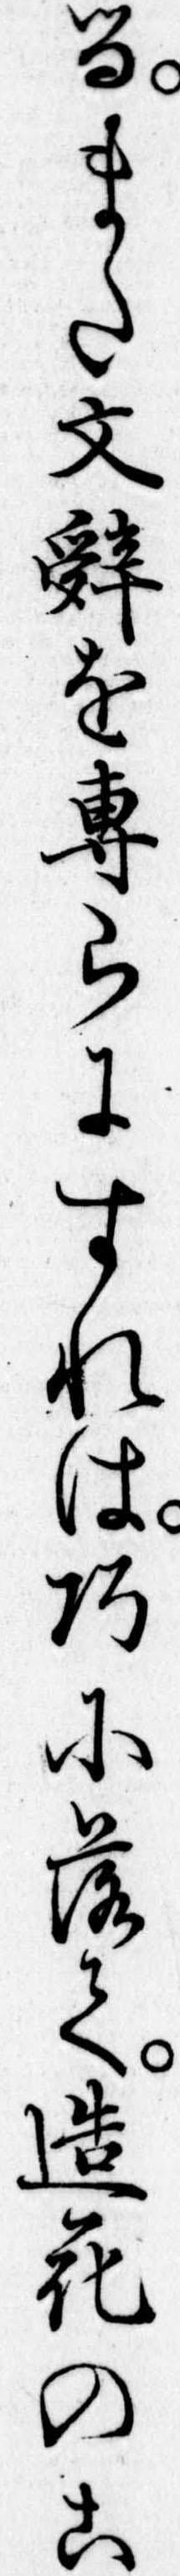
るまた文辤を専らにすれは巧に落て造花のこ